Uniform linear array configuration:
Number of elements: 24
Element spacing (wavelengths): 0.5
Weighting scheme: cosine
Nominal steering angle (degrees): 0
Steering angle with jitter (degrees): -1.66
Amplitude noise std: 0.05
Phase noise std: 0.05

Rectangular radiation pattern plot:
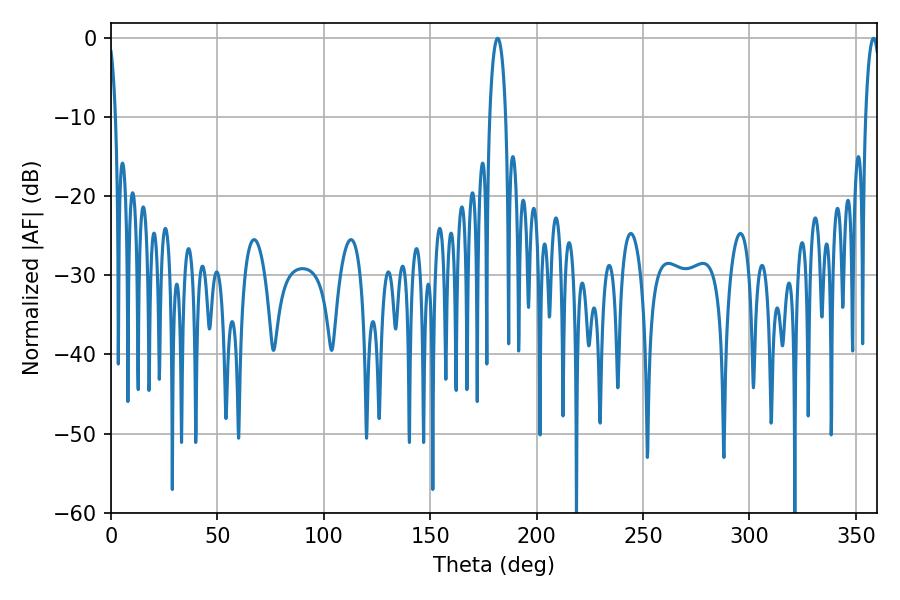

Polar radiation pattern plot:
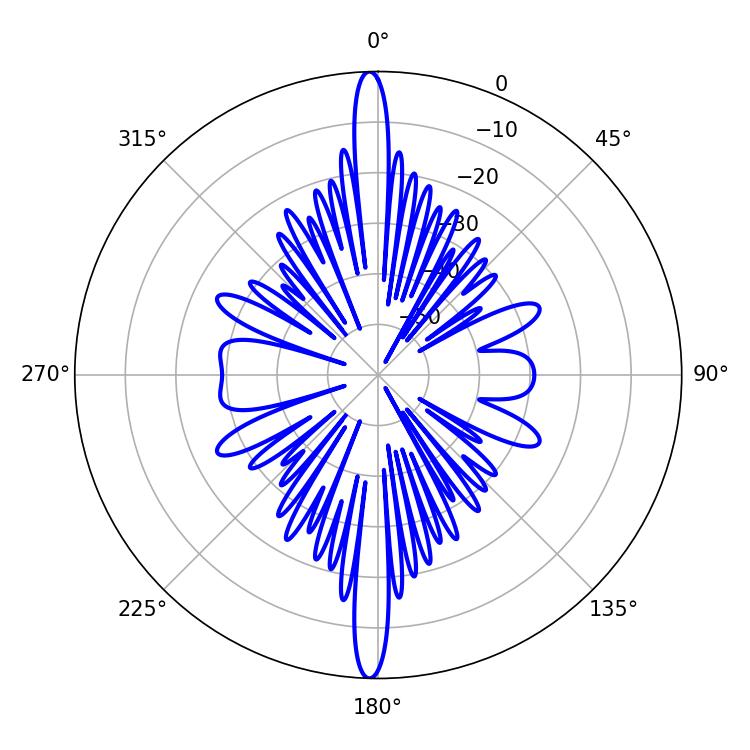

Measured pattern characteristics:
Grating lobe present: FALSE
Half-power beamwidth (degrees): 3.78
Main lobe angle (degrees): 358.38